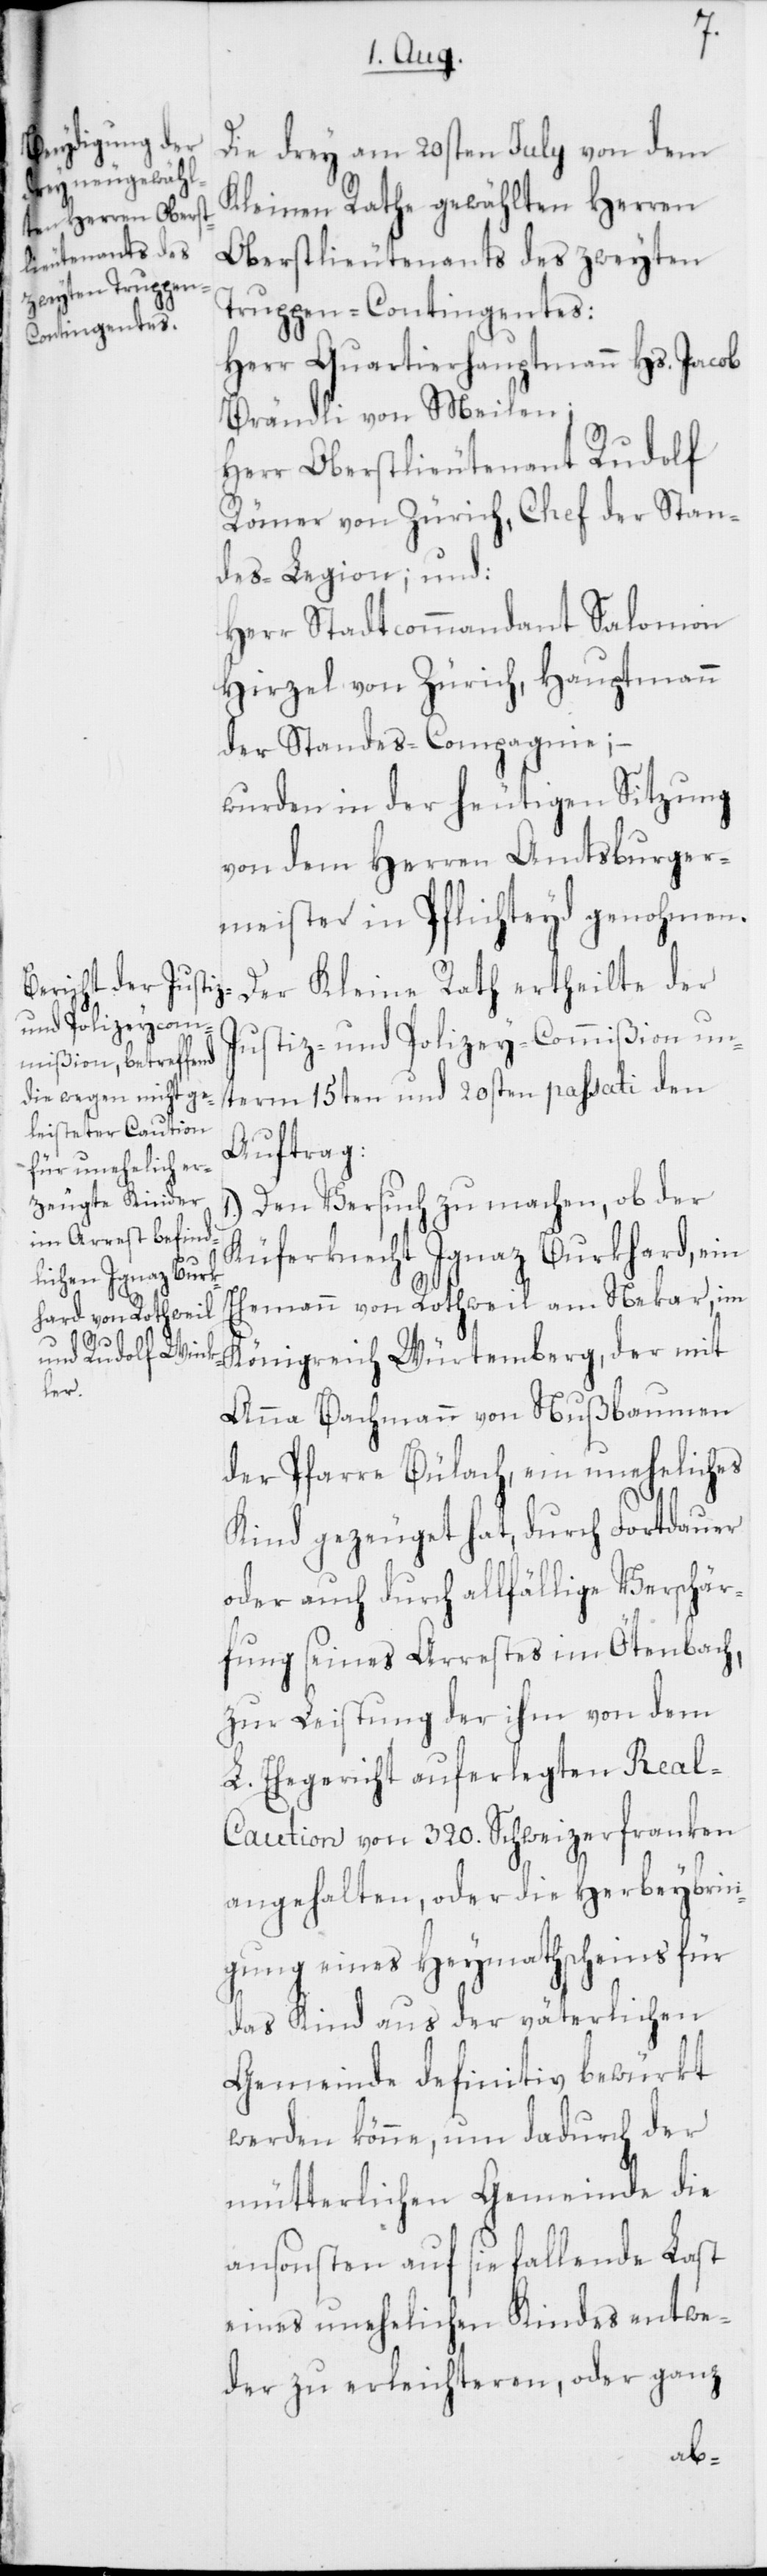
Die drey am 20sten July von dem
Kleinen Rathe gewählten Herren
Oberstlieutenants des zweyten
Truppen-Contingentes:
Herr Quartierhauptmann Hs. Jacob
Brändli von Meilen;
Herr Oberstlieutenant Rudolf
Römer von Zürich, Chef der Stan¬
des-Legion; und:
Herr Stadtcommandant Salomon
Hirzel von Zürich, Hauptmann
der Standes-Compagnie;
wurden in der heutigen Sitzung
von dem Herren Amtsburger¬
meister in Pflichteyd genohmen.
Der Kleine Rath ertheilte der
Justiz- und Polizey-Commißion un¬
term 15ten und 20sten passati den
Auftrag:
Den Versuch zu machen, ob der
Küferknecht Ignaz Burkhard, ein
Ehemann von Rothweil am Nekar, im
Königreich Würtemberg, der mit
Anna Bachmann von Nußbaumen
der Pfarre Bülach, ein uneheliches
Kind gezeuget hat, durch Fortdauer
oder auch durch allfällige Verschär¬
fung seines Arrestes im Ötenbach,
zur Leistung der ihm von dem
L. Ehegericht auferlegten Real-C¬
aution von 320. Schweizerfranken
angehalten, oder die Herbeybrin¬
gung eines Heymathscheins für
das Kind aus der väterlichen
Gemeinde definitiv bewürkt
werden könne, um dadurch der
mütterlichen Gemeinde die
ansonsten auf sie fallende Last
eines unehelichen Kindes entwe¬
der zu erleichteren, oder ganz